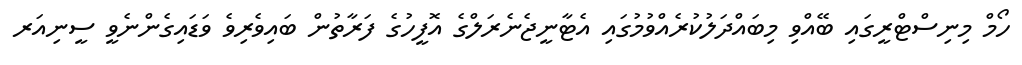
ހޯމް މިނިސްޓްރީގައި ބޭއްވި މިބައްދަލުކުރެއްވުމުގައި އެޓާނީޖެނެރަލްގެ އޮފީހުގެ ފަރާތުން ބައިވެރިވެ ވަޑައިގެންނެވީ ސީނިއަރ